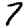
Digit: 7